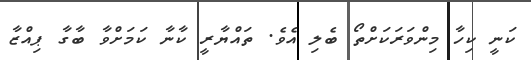
ކަނީ ކިހާ މިންވަރަކަށްތޯ ބެލި އެވެ. ތައްޔާރީ ކާނާ ކަމަށްވާ ބާގާ ޕިއްޒާ